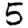
Digit: 5